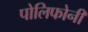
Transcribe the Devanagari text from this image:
पोलिफोनी